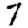
Digit: 7